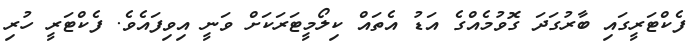
ފެކްޓަރީގައި ބާރުގަދަ ގޮވުމެއްގެ އަޑު އެތައް ކިލޯމީޓަރަކަށް ވަނީ އިވިފައެވެ. ފެކްޓަރީ ހުރި